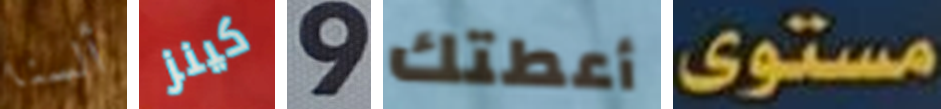
ألسنا كينز 9 أعطتك مستوى